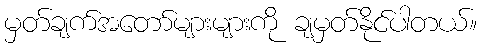
မှတ်ချက်အတော်များများကို ချမှတ်နိုင်ပါတယ်။